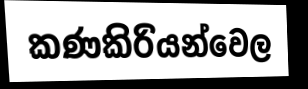
කණකිරියන්වෙල